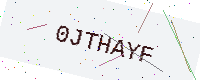
Text: 0JTHAYF